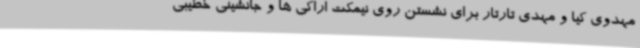
مهدوی کیا و مهدی تارتار برای نشستن روی نیمکت اراکی ها و جانشینی خطیبی